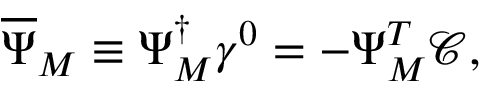
\overline { { { \Psi } } } _ { M } \equiv \Psi _ { M } ^ { \dagger } \gamma ^ { 0 } = - \Psi _ { M } ^ { T } \mathcal { C } ,